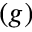
( g )